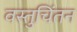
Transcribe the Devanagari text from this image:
वस्तुचिंतन